Civil Veterinary Department Bihar reports 1940-50 - 1940-1950
Year: 1940
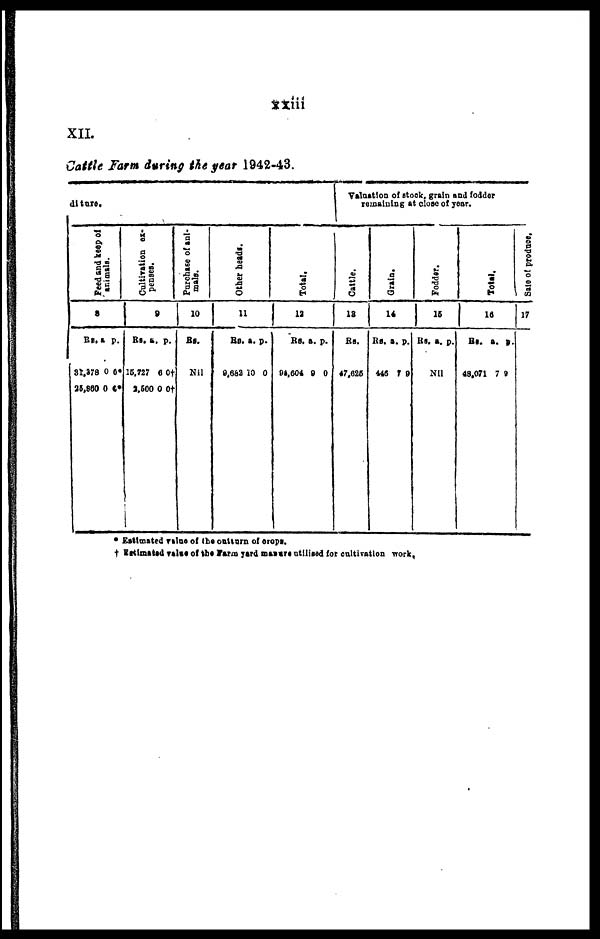
xxiii
XII.
Cattle Farm during the year 1942-43.
diture.
Feed and keep of
animals.
8
Rs.
31,378
25,860
a.
0
0
p.
0*
0*
Cultivation ex-
penses.
9
Rs.
15,727
2,500
a.
6
0
p.
0†
0†
Purchase of ani-
mals.
10
Rs.
Nil
Other heads.
11
Rs.
9,682
a.
10
p.
0
Total.
12
Rs.
94,604
a.
9
p.
0
Valuation of stock, grain and fodder
remaining at close of year.
Cattle.
13
Rs.
47,625
Gr ai n.
14
Rs.
446
a.
7
p.
9
Fodder.
15
Rs. a. p.
Nil
Tot al .
16
Rs.
48,071
a.
7
p.
9
Sale of produce.
17
* Estimated value of the outturn of crops.
† Estimatad value of the Farm yard manors utilised for cultivation work.